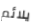
يلائم